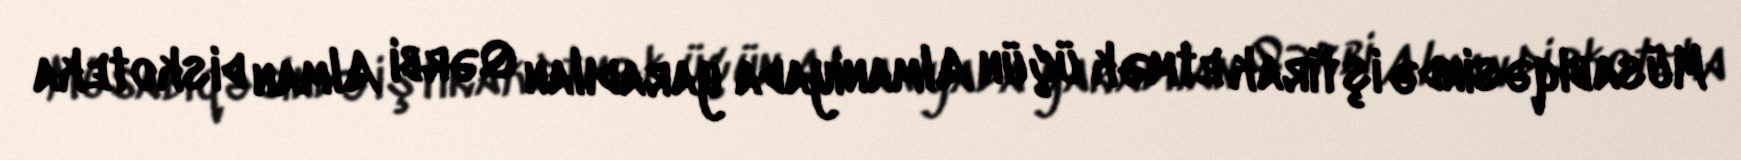
Müsabiqəsində iştirak etmək üçün Almaniyada yaradılan Qərbi Alman diskoteka